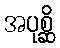
အပုစ္ဆိ